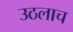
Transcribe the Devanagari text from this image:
उठलाच